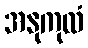
အနုကုလံ